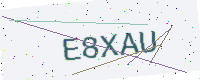
Text: E8XAU